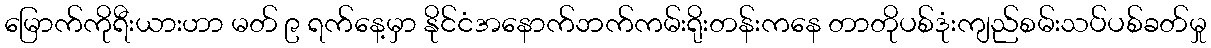
မြောက်ကိုရီးယားဟာ မတ် ၉ ရက်နေ့မှာ နိုင်ငံအနောက်ဘက်ကမ်းရိုးတန်းကနေ တာတိုပစ်ဒုံးကျည်စမ်းသပ်ပစ်ခတ်မှု